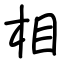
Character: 相